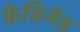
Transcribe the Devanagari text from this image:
फ्रेडिनेंड